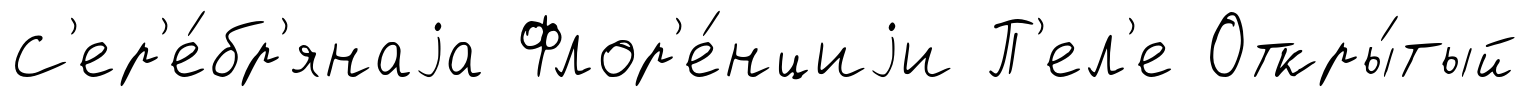
С'ер'е́бр'янаjа Флор'е́нциjи П'ел'е Откры́тый